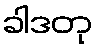
ခါဒတု